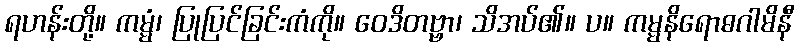
ရဟန်းတို့။ ကမ္မံ၊ ပြုပြင်ခြင်းကံကို။ ဝေဒိတဗ္ဗာ၊ သိအပ်၏။ ပ။ ကမ္မနိရောဓဂါမိနီ